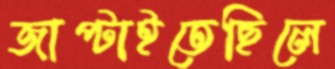
জাপ্‌টাইতেছিলে